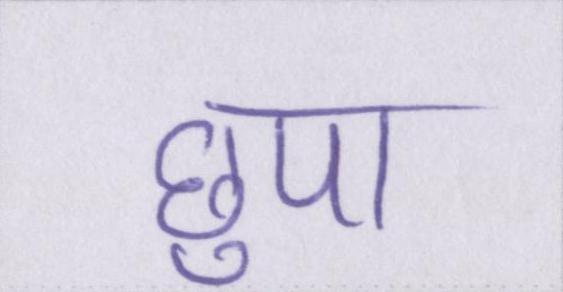
छुपा